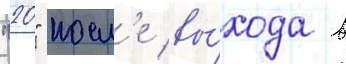
"20" посл'е вы́хода в